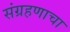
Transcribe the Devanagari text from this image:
संग्रहणाचा